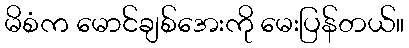
မိစံက မောင်ချစ်အေးကို မေးပြန်တယ်။